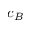
c _ { B }